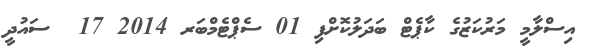
އިސްލާމީ މަރުކަޒުގެ ކާޕެޓް ބަދަލުކޮށްފި 01 ސެޕްޓެމްބަރ 2014 17  ސައުދީ